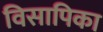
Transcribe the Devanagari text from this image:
विसापिका